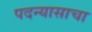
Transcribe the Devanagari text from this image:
पदन्यासाचा